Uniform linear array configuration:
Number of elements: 4
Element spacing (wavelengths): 0.5
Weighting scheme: blackman
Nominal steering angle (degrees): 45
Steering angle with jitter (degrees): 45.272
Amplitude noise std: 0.05
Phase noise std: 0.05

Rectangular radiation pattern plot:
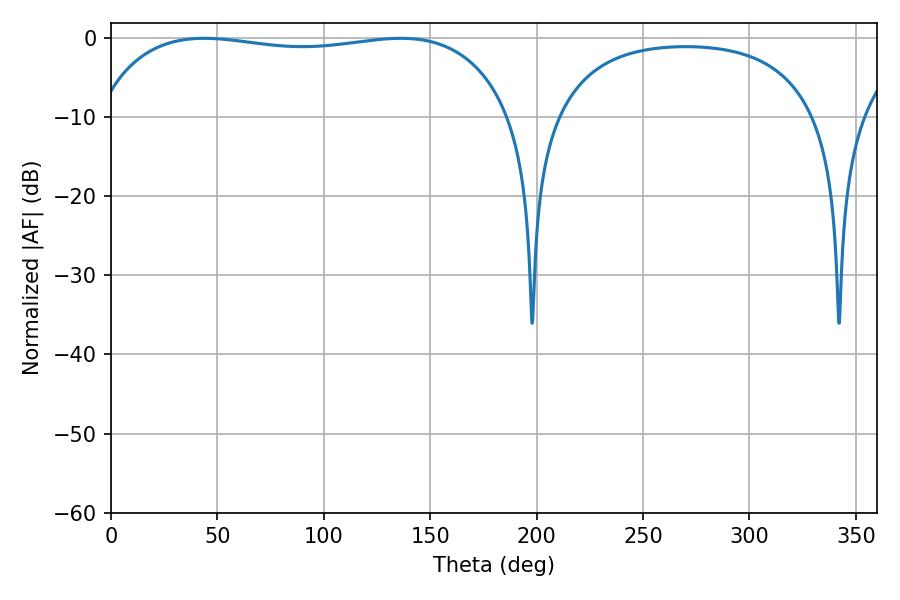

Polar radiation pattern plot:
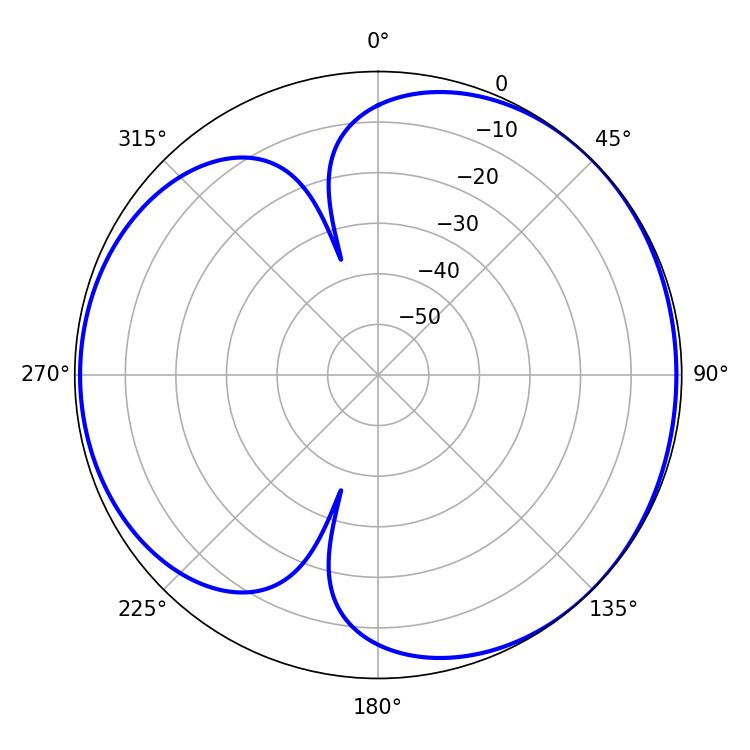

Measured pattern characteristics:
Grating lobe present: FALSE
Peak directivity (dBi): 4.347
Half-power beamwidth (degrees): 157.68
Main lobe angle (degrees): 43.92